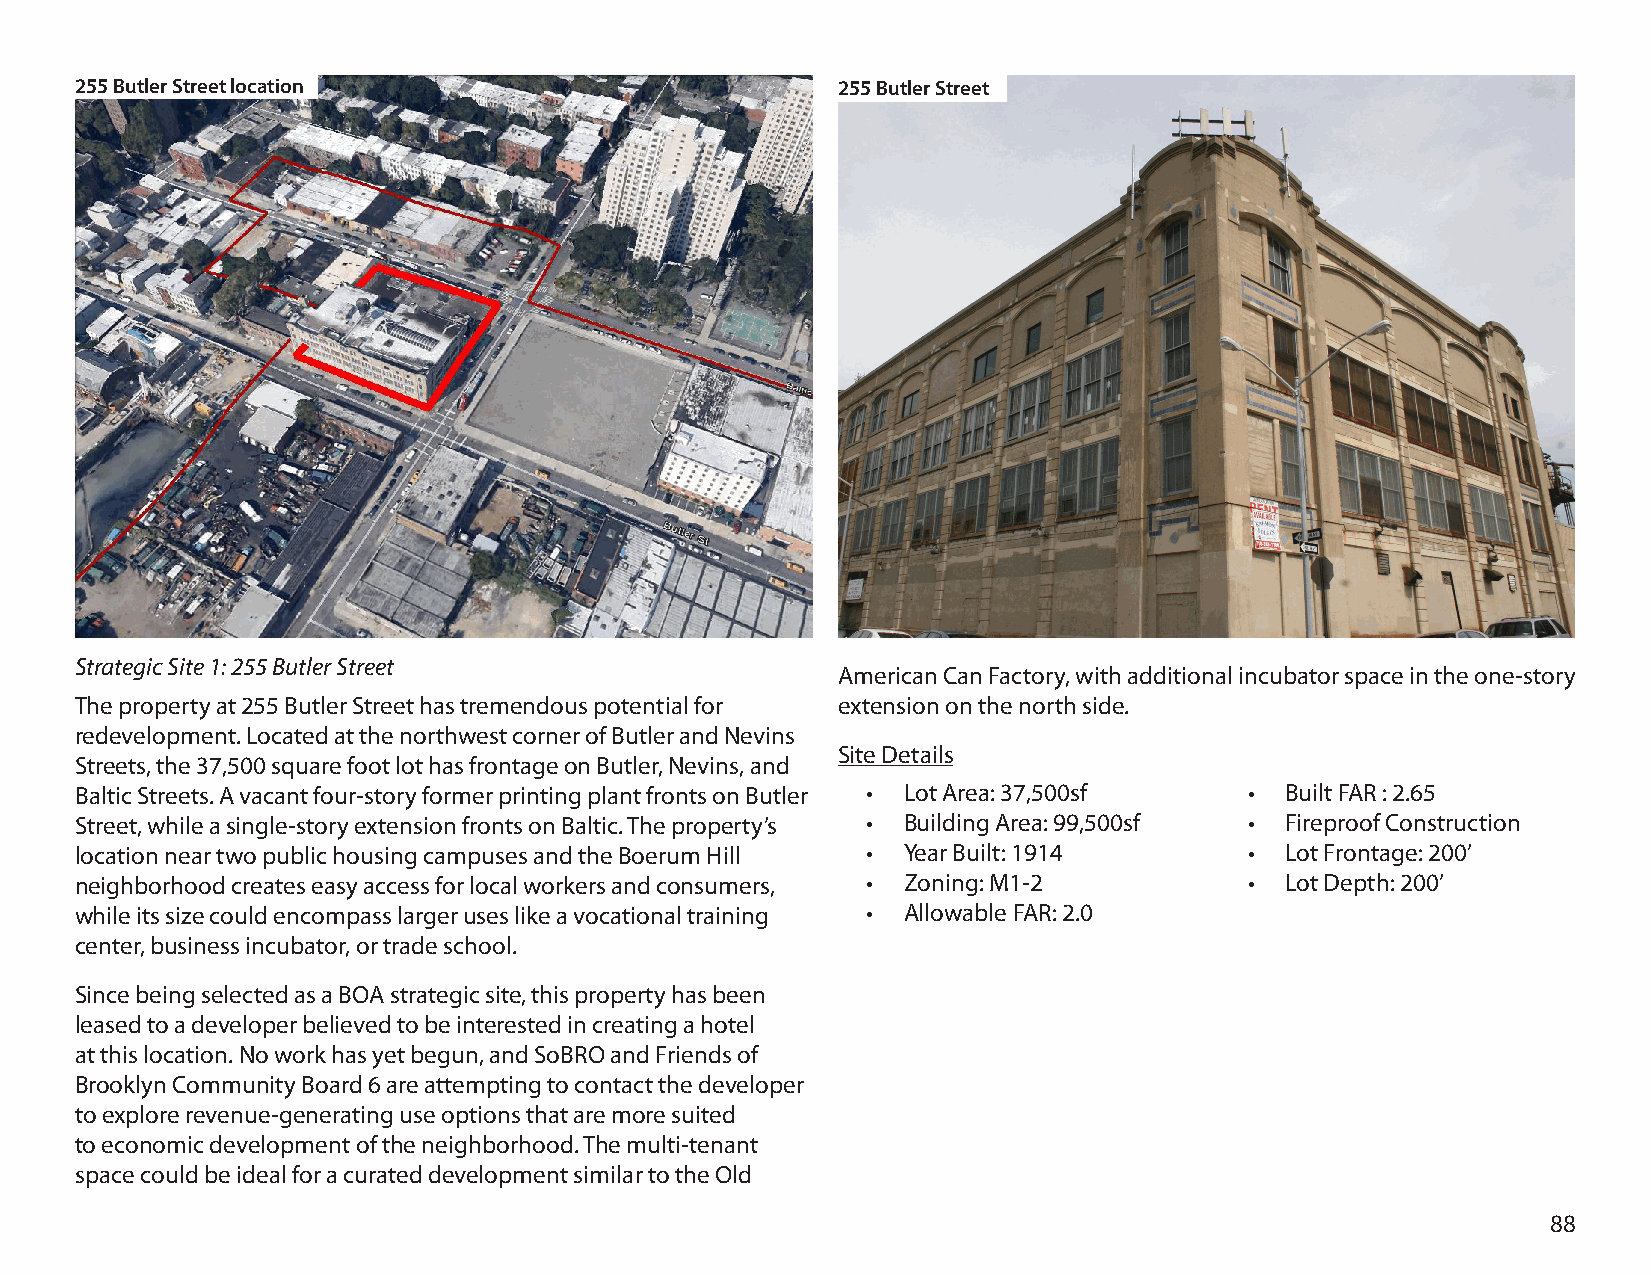
255 Butler Street location                        255 Butler Street
 Strategic Site 1: 255 Butler Street
 American Can Factory, with additional incubator space in the one-story
 The property at 255 Butler Street has tremendous potential for extension on the north side.
 redevelopment. Located at the northwest corner of Butler and Nevins
 Site Details
 Streets, the 37,500 square foot lot has frontage on Butler, Nevins, and
 Baltic Streets. A vacant four-story former printing plant fronts on Butler • Lot Area: 37,500sf • Built FAR : 2.65
 Street, while a single-story extension fronts on Baltic. The property’s • Building Area: 99,500sf • Fireproof Construction
 location near two public housing campuses and the Boerum Hill • Year Built: 1914 • Lot Frontage: 200’
 neighborhood creates easy access for local workers and consumers, • Zoning: M1-2 • Lot Depth: 200’
 while its size could encompass larger uses like a vocational training • Allowable FAR: 2.0
 center, business incubator, or trade school.
 Since being selected as a BOA strategic site, this property has been
 leased to a developer believed to be interested in creating a hotel
 at this location. No work has yet begun, and SoBRO and Friends of
 Brooklyn Community Board 6 are attempting to contact the developer
 to explore revenue-generating use options that are more suited
 to economic development of the neighborhood. The multi-tenant
 space could be ideal for a curated development similar to the Old
 88